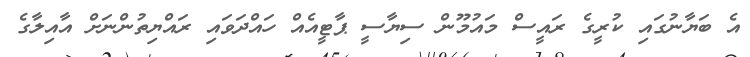
އެ ބަޔާނުގައި ކުރީގެ ރައީސް މައުމޫން ސިޔާސީ ޕާޓީއެއް ހައްދަވައި ރައްޔިތުންނަށް އާއިލާގެ